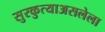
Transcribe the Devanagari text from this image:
सुरकुत्याअसलेला